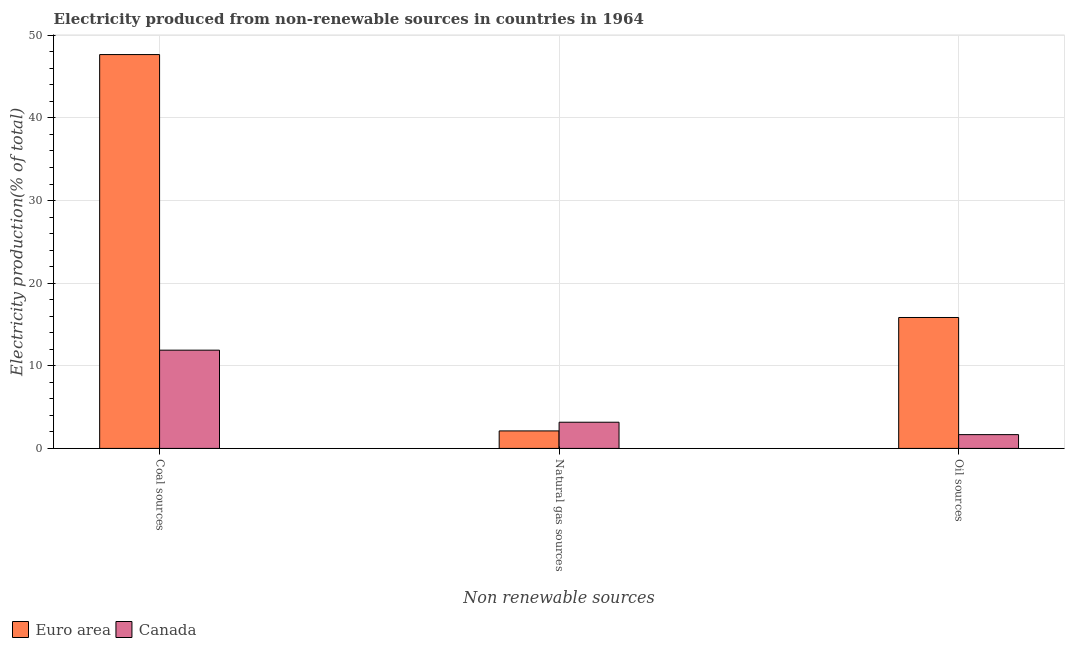
| Non renewable sources | Euro area | Canada |
 | --- | --- | --- |
 | Coal sources | 47.7 | 11.9 |
 | Natural gas sources | 2.12 | 3.17 |
 | Oil sources | 15.8 | 1.67 |